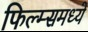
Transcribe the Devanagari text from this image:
फिल्म्समध्ये